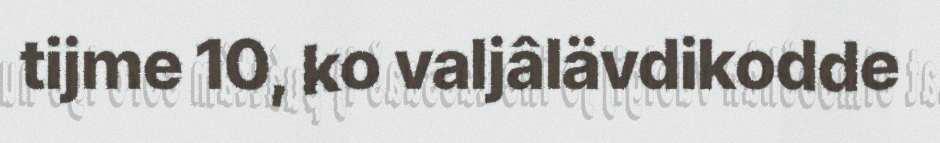
tijme 10, ko valjâlävdikodde